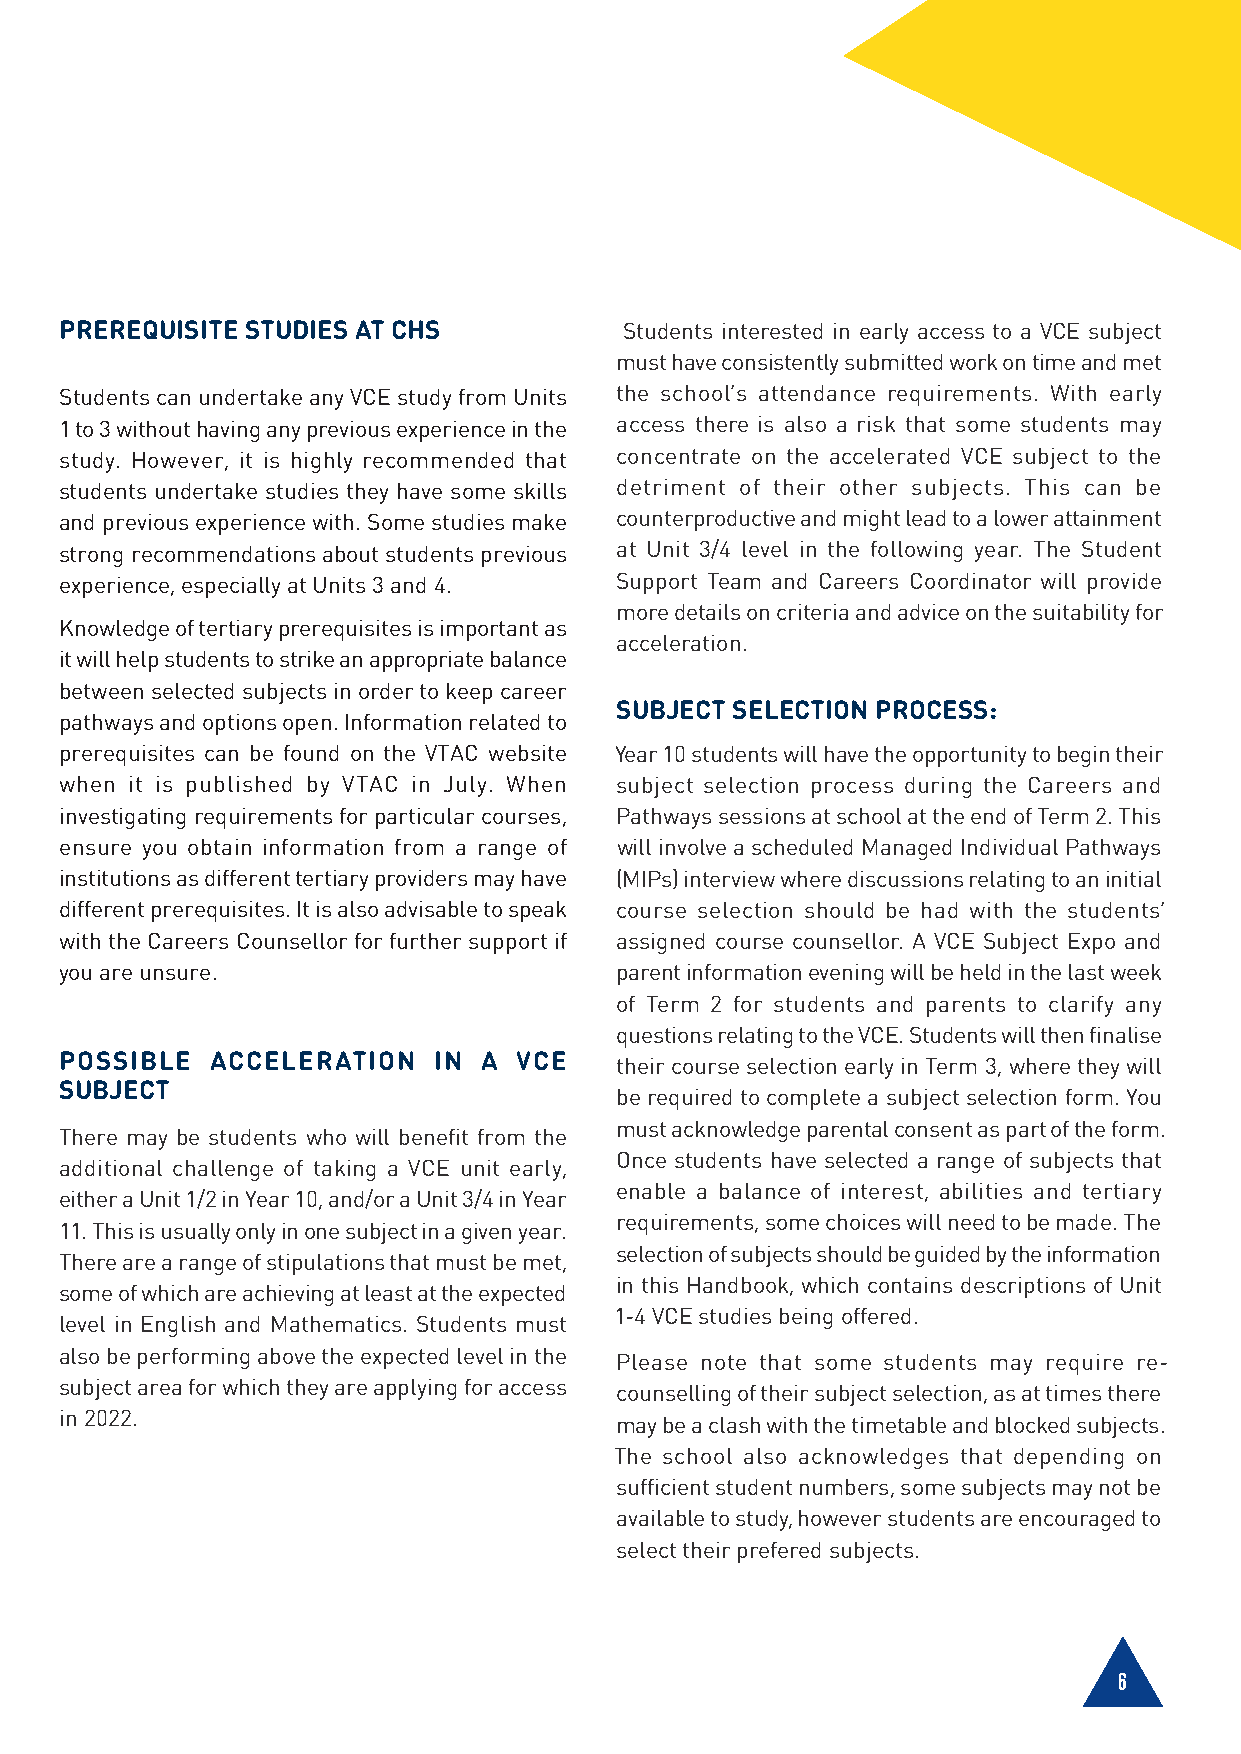
PREREQUISITE STUDIES AT CHS          Students interested in early access to a VCE subject
 must have consistently submitted work on time and met
 Students can undertake any VCE study from Units the school’s attendance requirements. With early
 1 to 3 without having any previous experience in the access there is also a risk that some students may
 study. However, it is highly recommended that concentrate on the accelerated VCE subject to the
 students undertake studies they have some skills detriment of their other subjects. This can be
 and previous experience with. Some studies make counterproductive and might lead to a lower attainment
 strong recommendations about students previous at Unit 3/4 level in the following year. The Student
 experience, especially at Units 3 and 4. Support Team and Careers Coordinator will provide
 more details on criteria and advice on the suitability for
 Knowledge of tertiary prerequisites is important as
 acceleration.
 it will help students to strike an appropriate balance
 between selected subjects in order to keep career
 SUBJECT SELECTION PROCESS:
 pathways and options open. Information related to
 prerequisites can be found on the VTAC website Year 10 students will have the opportunity to begin their
 when it is published by VTAC in July. When subject selection process during the Careers and
 investigating requirements for particular courses, Pathways sessions at school at the end of Term 2. This
 ensure you obtain information from a range of will involve a scheduled Managed Individual Pathways
 institutions as different tertiary providers may have (MIPs) interview where discussions relating to an initial
 different prerequisites. It is also advisable to speak course selection should be had with the students’
 with the Careers Counsellor for further support if assigned course counsellor. A VCE Subject Expo and
 you are unsure.                      parent information evening will be held in the last week
 of Term 2 for students and parents to clarify any
 questions relating to the VCE. Students will then finalise
 POSSIBLE  ACCELERATION   IN A VCE    their course selection early in Term 3, where they will
 SUBJECT
 be required to complete a subject selection form. You
 must acknowledge parental consent as part of the form.
 There may be students who will benefit from the
 Once students have selected a range of subjects that
 additional challenge of taking a VCE unit early,
 enable a balance of interest, abilities and tertiary
 either a Unit 1/2 in Year 10, and/or a Unit 3/4 in Year
 requirements, some choices will need to be made. The
 11. This is usually only in one subject in a given year.
 selection of subjects should be guided by the information
 There are a range of stipulations that must be met,
 in this Handbook, which contains descriptions of Unit
 some of which are achieving at least at the expected
 1-4 VCE studies being offered.
 level in English and Mathematics. Students must
 also be performing above the expected level in the
 Please note that some students may require re-
 subject area for which they are applying for access
 counselling of their subject selection, as at times there
 in 2022.
 may be a clash with the timetable and blocked subjects.
 The school also acknowledges that depending on
 sufficient student numbers, some subjects may not be
 available to study, however students are encouraged to
 select their prefered subjects.
 6